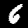
Digit: 6